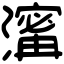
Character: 𤀑